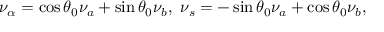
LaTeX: \nu _ { \alpha } = \cos \theta _ { 0 } \nu _ { a } + \sin \theta _ { 0 } \nu _ { b } , \ \nu _ { s } = - \sin \theta _ { 0 } \nu _ { a } + \cos \theta _ { 0 } \nu _ { b } ,